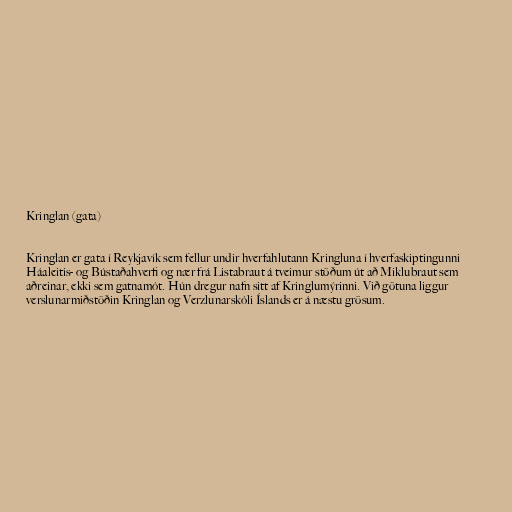
Kringlan (gata)

Kringlan er gata í Reykjavík sem fellur undir hverfahlutann Kringluna í hverfaskiptingunni
Háaleitis- og Bústaðahverfi og nær frá Listabraut á tveimur stöðum út að Miklubraut sem
aðreinar, ekki sem gatnamót. Hún dregur nafn sitt af Kringlumýrinni. Við götuna liggur
verslunarmiðstöðin Kringlan og Verzlunarskóli Íslands er á næstu grösum.